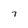
Character: 7